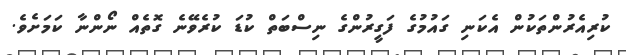
ކުރިއެރުންތަކުން އެކަނި ގައުމުގެ ފަގީރުންގެ ނިސްބަތް ކުޑަ ކުރެވޭނެ ގޮތެއް ނޯންނާ ކަމަށެވެ.